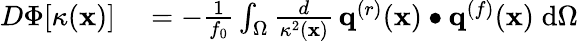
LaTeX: \begin{array}{rl}{D\Phi[\kappa(\mathbf{x})]}&{{}=-\frac{1}{f_{0}}\int_{\Omega}\frac{d}{\kappa^{2}(\mathbf{x})}\, \mathbf{q}^{(r)}(\mathbf{x})\bullet\mathbf{q}^{(f)}(\mathbf{x})\; \mathrm{d}\Omega}\end{array}